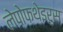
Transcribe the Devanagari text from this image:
लेपोफथेइरुस